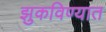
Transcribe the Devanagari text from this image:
झुकविण्यात